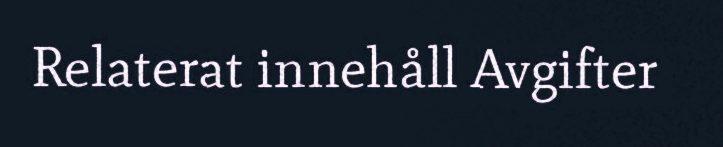
Relaterat innehåll Avgifter